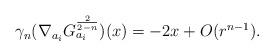
LaTeX: \begin{align*}\gamma_{n}(\nabla_{a_{i}}G^{\frac{2}{2-n}}_{a_{i}})(x)=-2x+O(r^{n-1}).\end{align*}